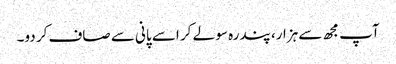
آپ مجھ سے ہزار، پندرہ سو لے کر اسے پانی سے صاف کر دو۔